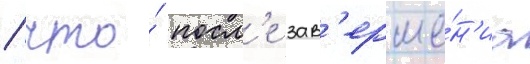
/ что́ посл'е зав'ерше́н'иа